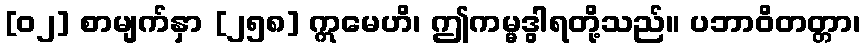
[၀၂] စာမျက်နှာ [၂၅၈] ဣမေဟိ၊ ဤကမ္မဒွါရတို့သည်။ ပဘာဝိတတ္တာ၊